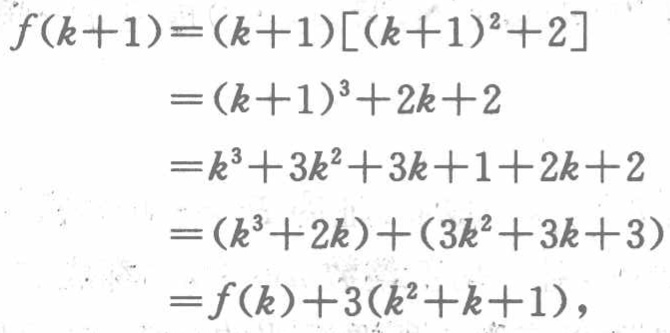
\[
\begin{align*}
f(k + 1)&=(k + 1)[(k + 1)^2+2]\\
&=(k + 1)^3+2k + 2\\
&=k^3+3k^2+3k + 1+2k + 2\\
&=(k^3+2k)+(3k^2+3k + 3)\\
&=f(k)+3(k^2+k + 1),
\end{align*}
\]